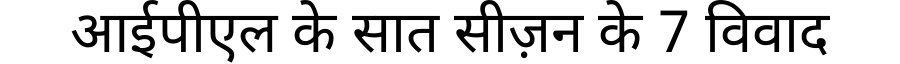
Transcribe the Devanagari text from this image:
आईपीएल के सात सीज़न के 7 विवाद